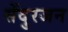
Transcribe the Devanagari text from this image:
सेंदुरजन